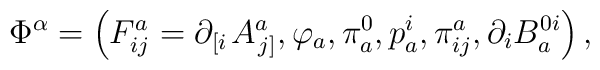
\Phi ^{\alpha }=\left( F_{ij}^{a}=\partial _{\left[ i\right. }A_{\left.j\right] }^{a},\varphi _{a},\pi _{a}^{0},p_{a}^{i},\pi _{ij}^{a},\partial_{i}B_{a}^{0i}\right) ,